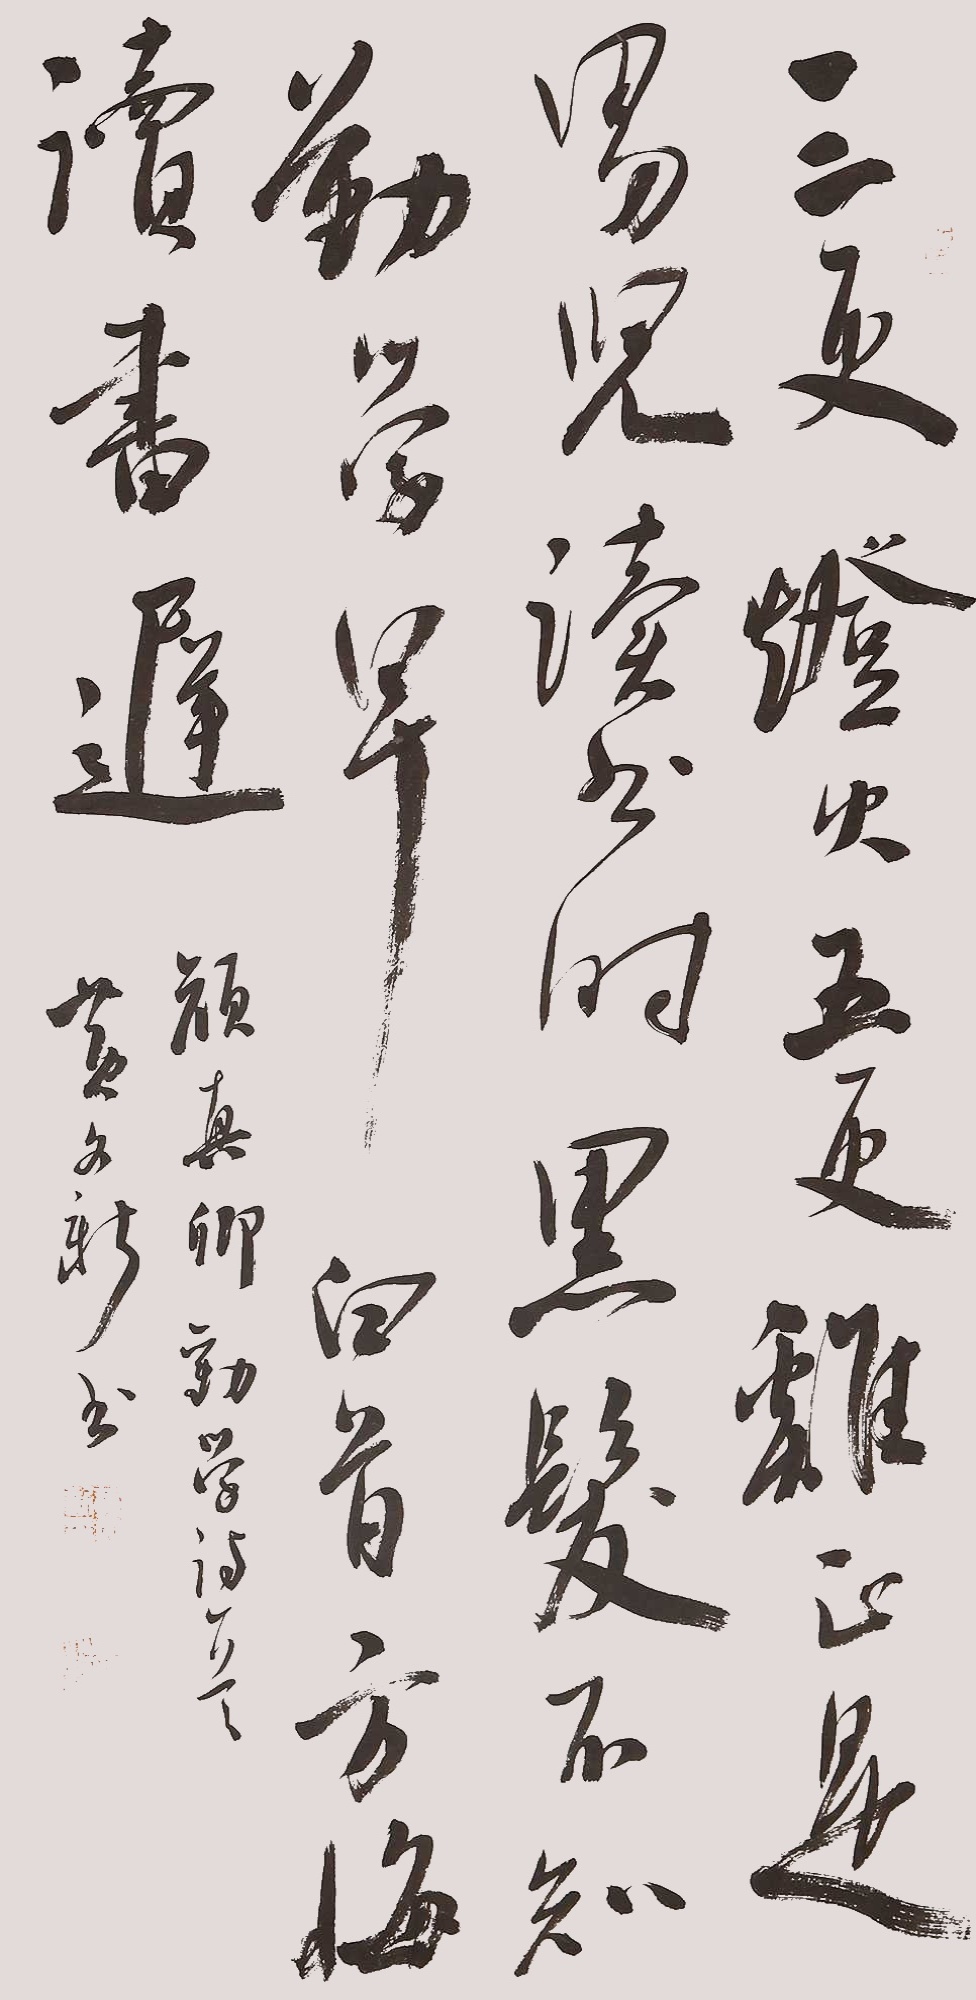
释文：三更灯火五更鸡，正是男儿读书时。黑发不知勤学早，白首方悔读书迟。黄文新2023年作